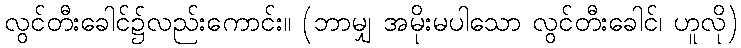
လွင်တီးခေါင်၌လည်းကောင်း။ (ဘာမျှ အမိုးမပါသော လွင်တီးခေါင်၊ ဟူလို)